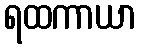
ရထကာယာ